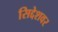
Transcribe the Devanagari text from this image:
सिद्देशवर